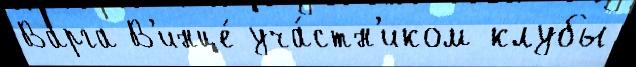
Варга В'инце́ уча́стн'иком клубы